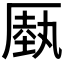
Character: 𠪑